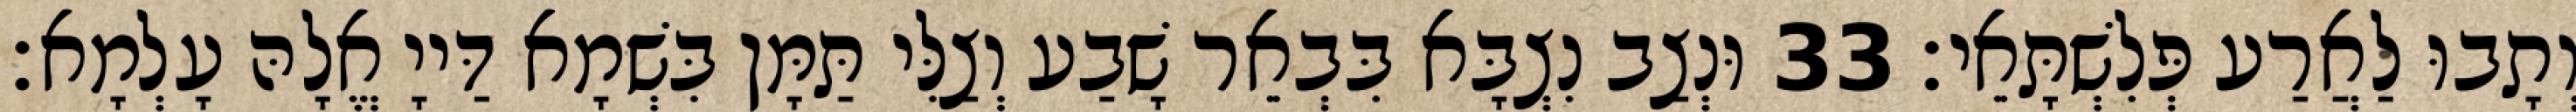
וְתָבוּ לַאֲרַע פְּלִשְׁתָּאֵי׃ 33 וּנְצַב נִצְבָּא בִּבְאֵר שָׁבַע וְצַלִּי תַּמָּן בִּשְׁמָא דַּייָ אֱלָהּ עָלְמָא׃